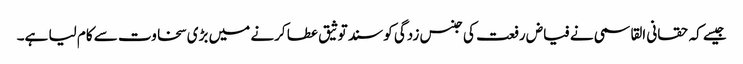
جیسے کہ حقانی القاسمی نے فیاض رفعت کی جنس زدگی کو سند توثیق عطا کرنے میں بڑی سخاوت سے کام لیا ہے۔